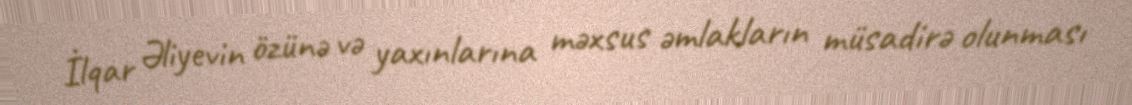
İlqar Əliyevin özünə və yaxınlarına məxsus əmlakların müsadirə olunması